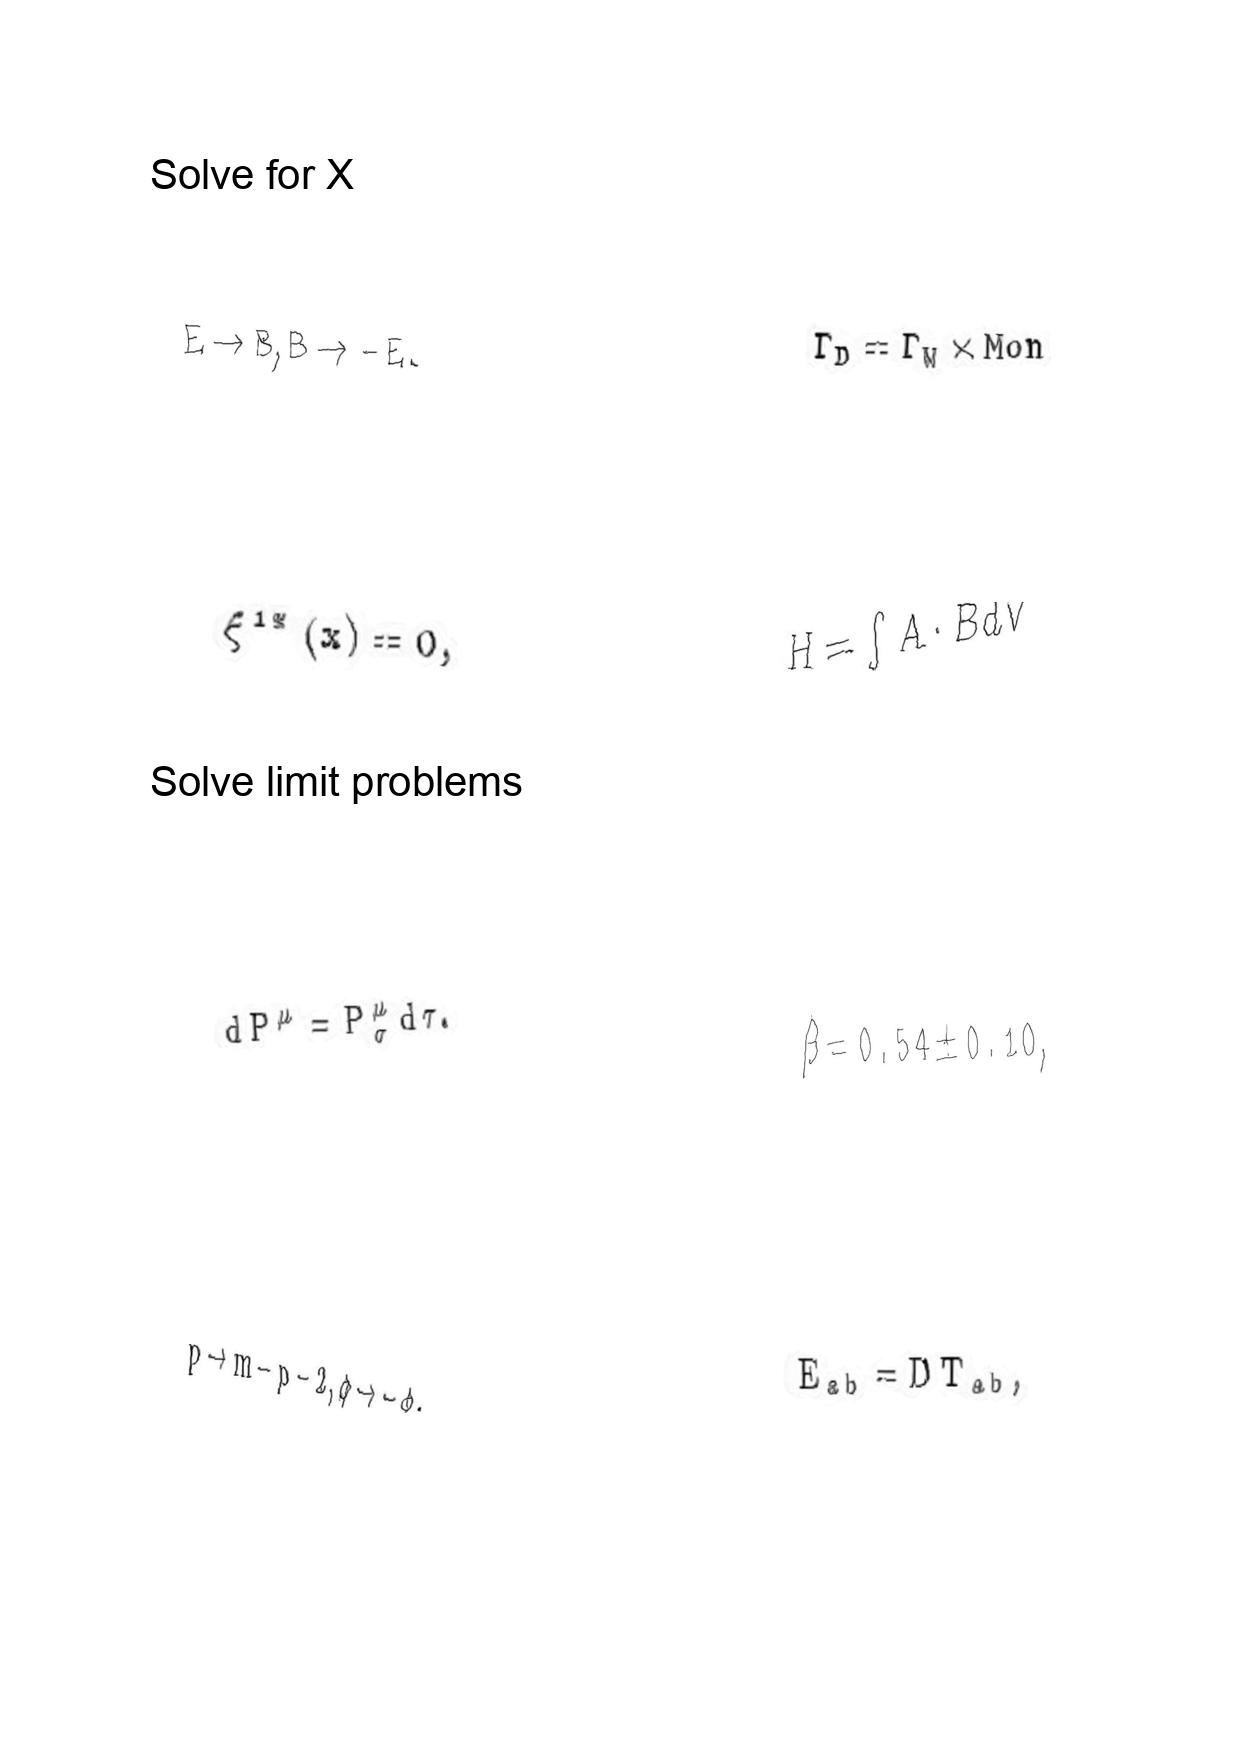
LaTeX transcription:
E \rightarrow B , B \rightarrow - E .
\xi ^ { 1 \ast } \lparen x \rparen = 0 ,
d P ^ { \mu } = P _ { \sigma } ^ { \mu } d \tau .
p \to m - p - 2 , \phi \to - \phi .
\Gamma _ { D } = \Gamma _ { W } \times M o n
H = \int A \cdot B d V
\beta = 0 . 5 4 \pm 0 . 1 0 ,
E _ { a b } = D T _ { a b } ,